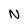
Character: N